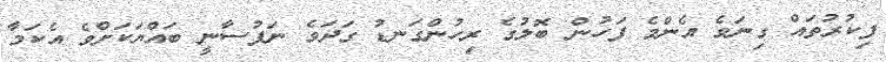
ފިކުރުތައް ގިނަވެ އެންމެ ފަހުން ބޮލުގެ ރިހުންގަނޑު ގަދަވެ ނަފުސާނީ ބައްޔަކަށްވެ އެކަމާ